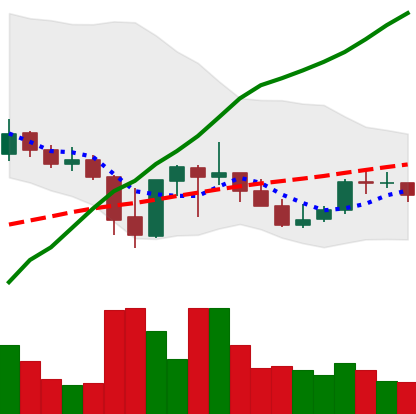
Ticker: ADA-USD
Chart end date: 2021-10-04
Forward return: 3.535%
Label: up_3_5